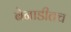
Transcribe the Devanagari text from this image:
बेनाडीतच